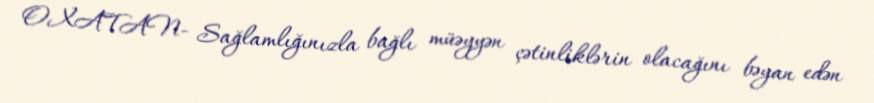
OXATAN- Sağlamlığınızla bağlı müəyyən çətinliklərin olacağını bəyan edən